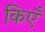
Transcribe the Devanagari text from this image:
किएँ